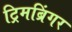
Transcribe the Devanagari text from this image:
ट्रिमब्रिंगर